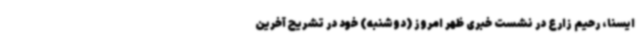
ایسنا، رحیم زارع در نشست خبری ظهر امروز (دوشنبه) خود در تشریح آخرین